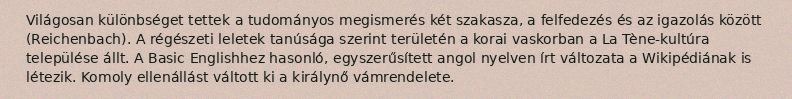
Világosan különbséget tettek a tudományos megismerés két szakasza, a felfedezés és az igazolás között (Reichenbach). A régészeti leletek tanúsága szerint területén a korai vaskorban a La Tène-kultúra települése állt. A Basic Englishhez hasonló, egyszerűsített angol nyelven írt változata a Wikipédiának is létezik. Komoly ellenállást váltott ki a királynő vámrendelete.